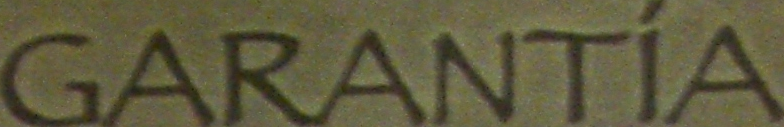
GARANTIA